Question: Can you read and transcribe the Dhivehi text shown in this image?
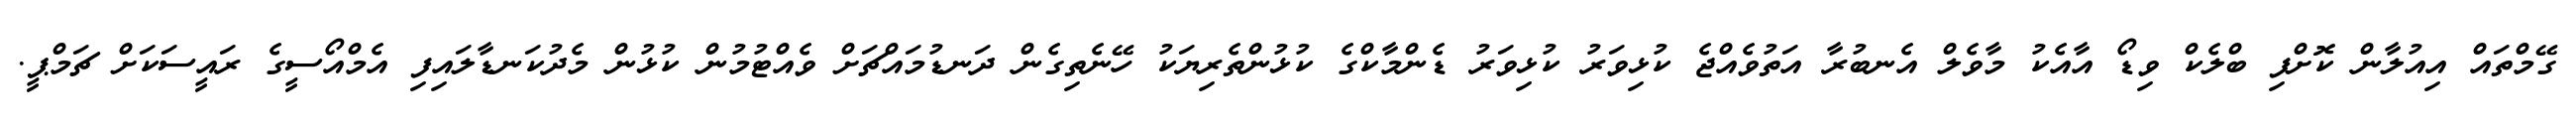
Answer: ގޭމްތައް އިއުލާން ކޮށްފި ބްލެކް ވިޑޯ އާއެކު މާވެލް އެނބުރާ އަތުވެއްޖެ ކުޅިވަރު ކުޅިވަރު ޑެންމާކްގެ ކުޅުންތެރިޔަކު ހޭނެތިގެން ދަނޑުމައްޗަށް ވެއްޓުމުން ކުޅުން މެދުކަނޑާލައިފި އެމްއޯސީގެ ރައީސަކަށް ޗަމްޕީ.